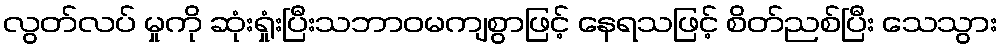
လွတ်လပ် မှုကို ဆုံးရှုံးပြီးသဘာဝမကျစွာဖြင့် နေရသဖြင့် စိတ်ညစ်ပြီး သေသွား